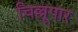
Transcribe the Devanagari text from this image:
चिल्लूपार